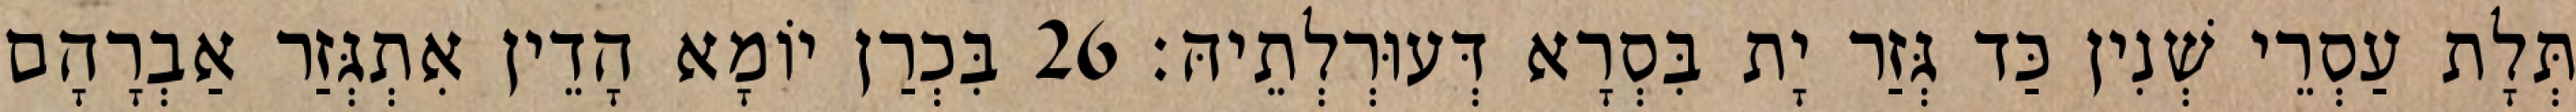
תְּלָת עַסְרֵי שְׁנִין כַּד גְּזַר יָת בִּסְרָא דְּעוּרְלְתֵיהּ׃ 26 בִּכְרַן יוֹמָא הָדֵין אִתְגְּזַר אַבְרָהָם